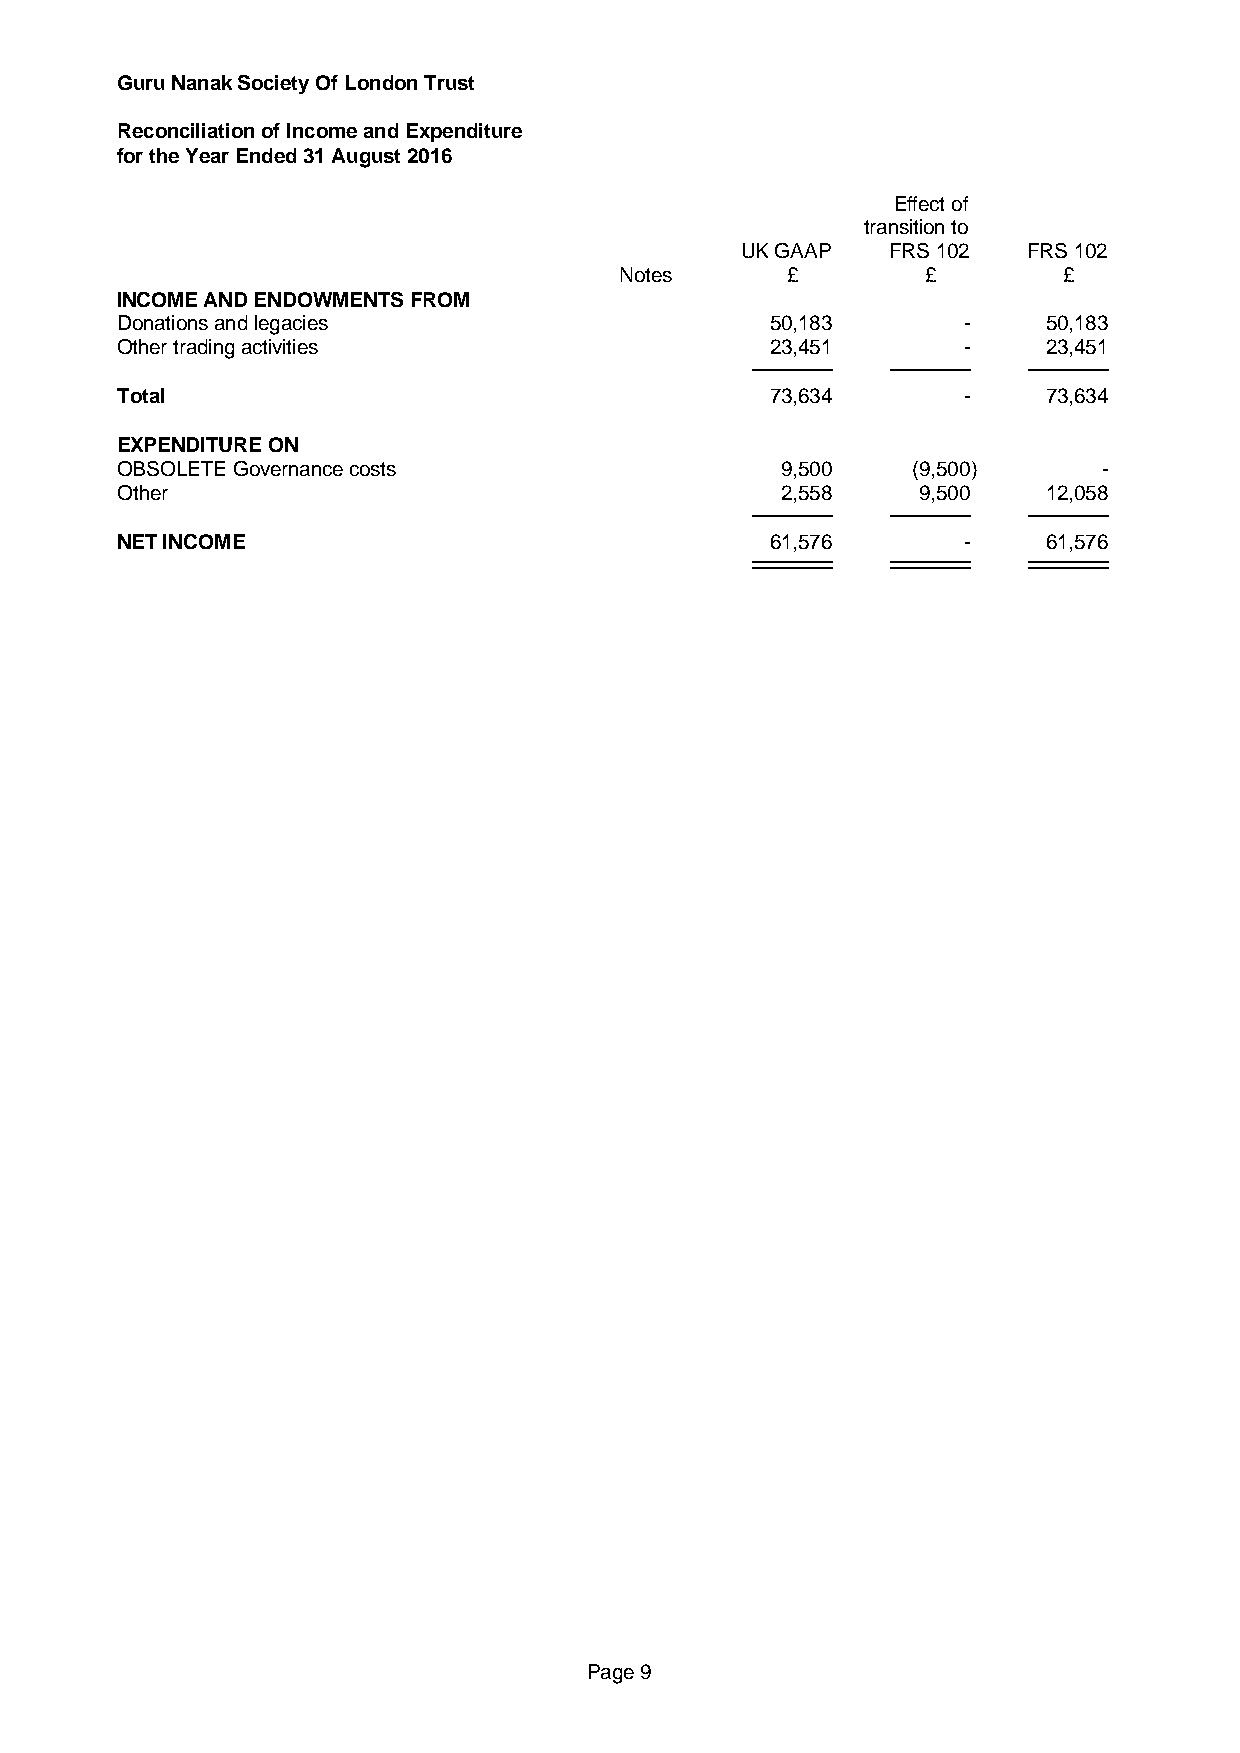
Guru Nanak Society Of London Trust
 Reconciliation of Income and Expenditure
 for the Year Ended 31 August 2016
 Effect of
 transition to
 UK GAAP   FRS 102  FRS 102
 Notes      £        £        £
 INCOME AND ENDOWMENTS FROM
 Donations and legacies                     50,183       -    50,183
 Other trading activities                   23,451       -    23,451
 Total                                      73,634       -    73,634
 EXPENDITURE ON
 OBSOLETE Governance costs                   9,500   (9,500)      -
 Other                                       2,558    9,500   12,058
 NET INCOME                                 61,576       -    61,576
 Page 9